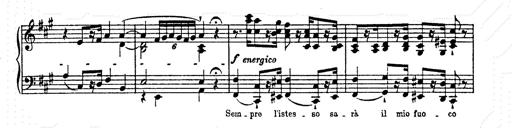
Title: AnnÃ©es de pÃ¨lerinage II
Composer: Franz Liszt